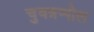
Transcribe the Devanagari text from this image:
चुवन्नप्पोल